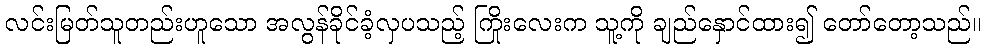
လင်းမြတ်သူတည်းဟူသော အလွန်ခိုင်ခံ့လှပသည့် ကြိုးလေးက သူ့ကို ချည်နှောင်ထား၍ တော်တော့သည်။